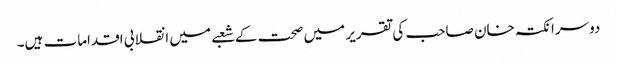
دوسرا نکتہ خان صاحب کی تقریر میں صحت کے شعبے میں انقلابی اقدامات ہیں۔